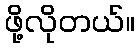
ဖို့လိုတယ်။